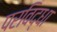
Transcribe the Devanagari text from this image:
परविद्धा